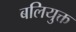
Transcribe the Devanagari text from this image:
बलियुक्त